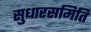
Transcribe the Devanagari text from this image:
सुधारसमिति